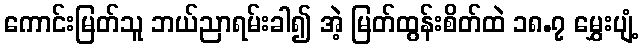
ကောင်းမြတ်သူ ဘယ်ညာရမ်းခါ၍ အဲ့ မြတ်ထွန်းစိတ်ထဲ ၁၈.၇ မွှေးပျံ့